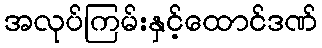
အလုပ်ကြမ်းနှင့်ထောင်ဒဏ်